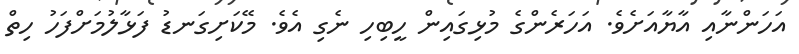
އަހަންނާއި އާޔާއަށެވެ. އަހަރެންގެ މުޅިގައިން ހީބިހި ނެގި އެވެ. މޭކަށިގަނޑު ފަޅާލުމަށްފަހު ހިތް